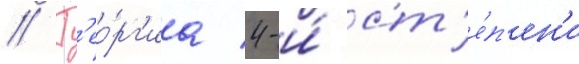
// Г'ео́рг'иа 4-и́ ст'е́п'ен'и